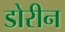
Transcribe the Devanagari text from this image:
डोरीन